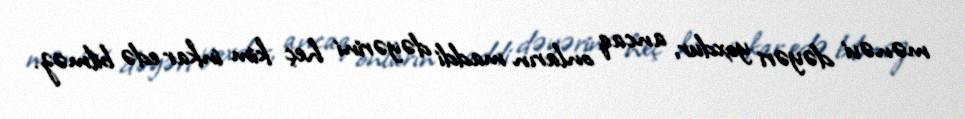
mənəvi dəyəri yoxdur, ancaq onların maddi dəyərini heç kim inkar edə bilməz.